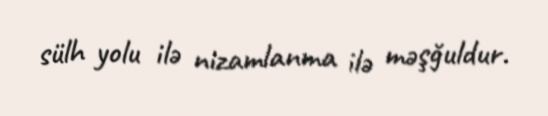
sülh yolu ilə nizamlanma ilə məşğuldur.